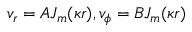
v _ { r } = A J _ { m } ( \kappa r ) , v _ { \phi } = B J _ { m } ( \kappa r )